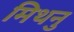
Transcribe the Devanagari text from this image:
मिथनु